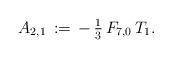
LaTeX: \begin{align*}A_{2,1}\,:=\,-\,\tfrac{1}{3}\,F_{7,0}\,T_1.\end{align*}